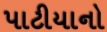
પાટીયાનો